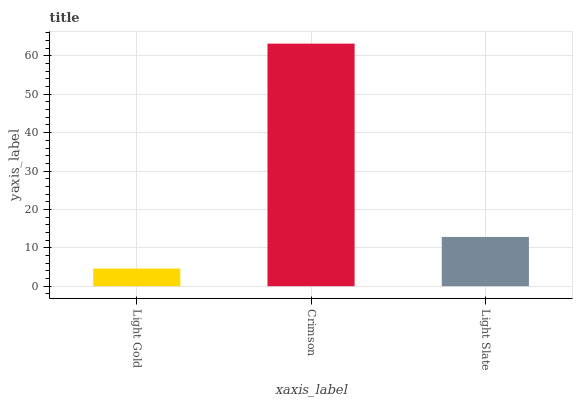
| xaxis_label | bars |
 | --- | --- |
 | Light Gold | 4.6 |
 | Crimson | 63.2 |
 | Light Slate | 12.8 |